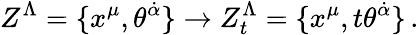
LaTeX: Z^{\Lambda}=\{ x^{\mu},\theta^{\dot{\alpha}}\} \rightarrow Z_{t}^{\Lambda}=\{ x^{\mu},t\theta^{\dot{\alpha}}\} \, .